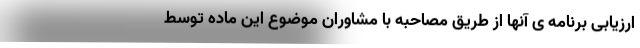
ارزیابی برنامه ی آنها از طریق مصاحبه با مشاوران موضوع این ماده توسط